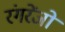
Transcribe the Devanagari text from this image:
रंगरेंजों